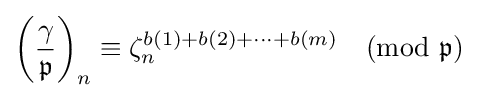
\left({\frac {\gamma }{\mathfrak {p}}}\right)_{n}\equiv \zeta _{n}^{b(1)+b(2)+\dots +b(m)}{\pmod {\mathfrak {p}}}